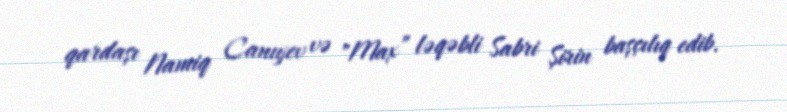
qardaşı Namiq Canıyev və "Max” ləqəbli Sabri Şirin başçılıq edib.